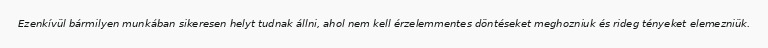
Ezenkívül bármilyen munkában sikeresen helyt tudnak állni, ahol nem kell érzelemmentes döntéseket meghozniuk és rideg tényeket elemezniük.